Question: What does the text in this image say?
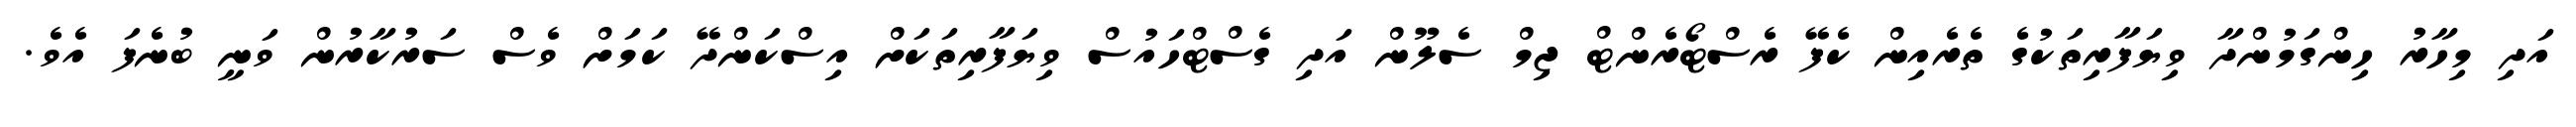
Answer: އަދި މިހާރު ހިންގަމުންދާ ވިޔަފާރިތަކުގެ ތެރެއިން ކެފޭ ރެސްޓޯރެންޓް ޖިމް ސެލޫން އަދި ގެސްޓްހައުސް ވިޔަފާރިތަކަށް އިސްކަންދޭ ކަމަށް ވެސް ސަރުކާރުން ވަނީ ބުނެފަ އެވެ.